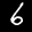
Label: 6